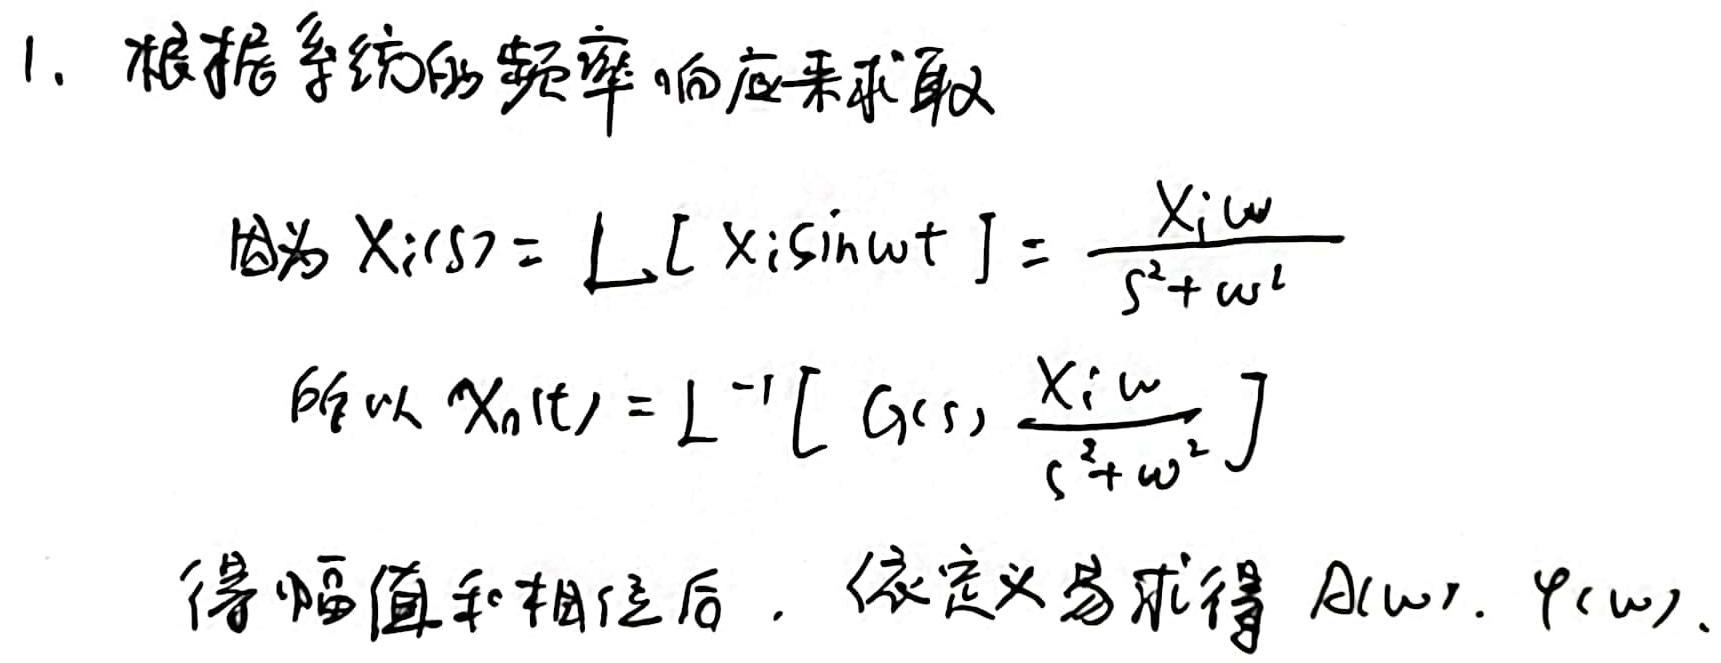
1. 根据系统的频率响应来求取
   因为 \(X_i(s)=L[X_i\sin\omega t]=\frac{X_i\omega}{s^{2}+\omega^{2}}\)
   所以 \(X_o(t)=L^{-1}[G(s)\frac{X_i\omega}{s^{2}+\omega^{2}}]\)
得幅值和相位后，依定义易求得 \(A(\omega),\varphi(\omega)\)